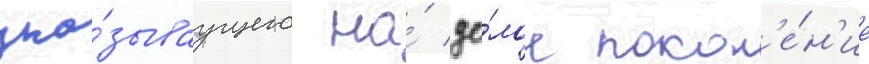
ука́зываущего на́ це́лое покол'е́н'ие